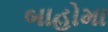
બાહોમા